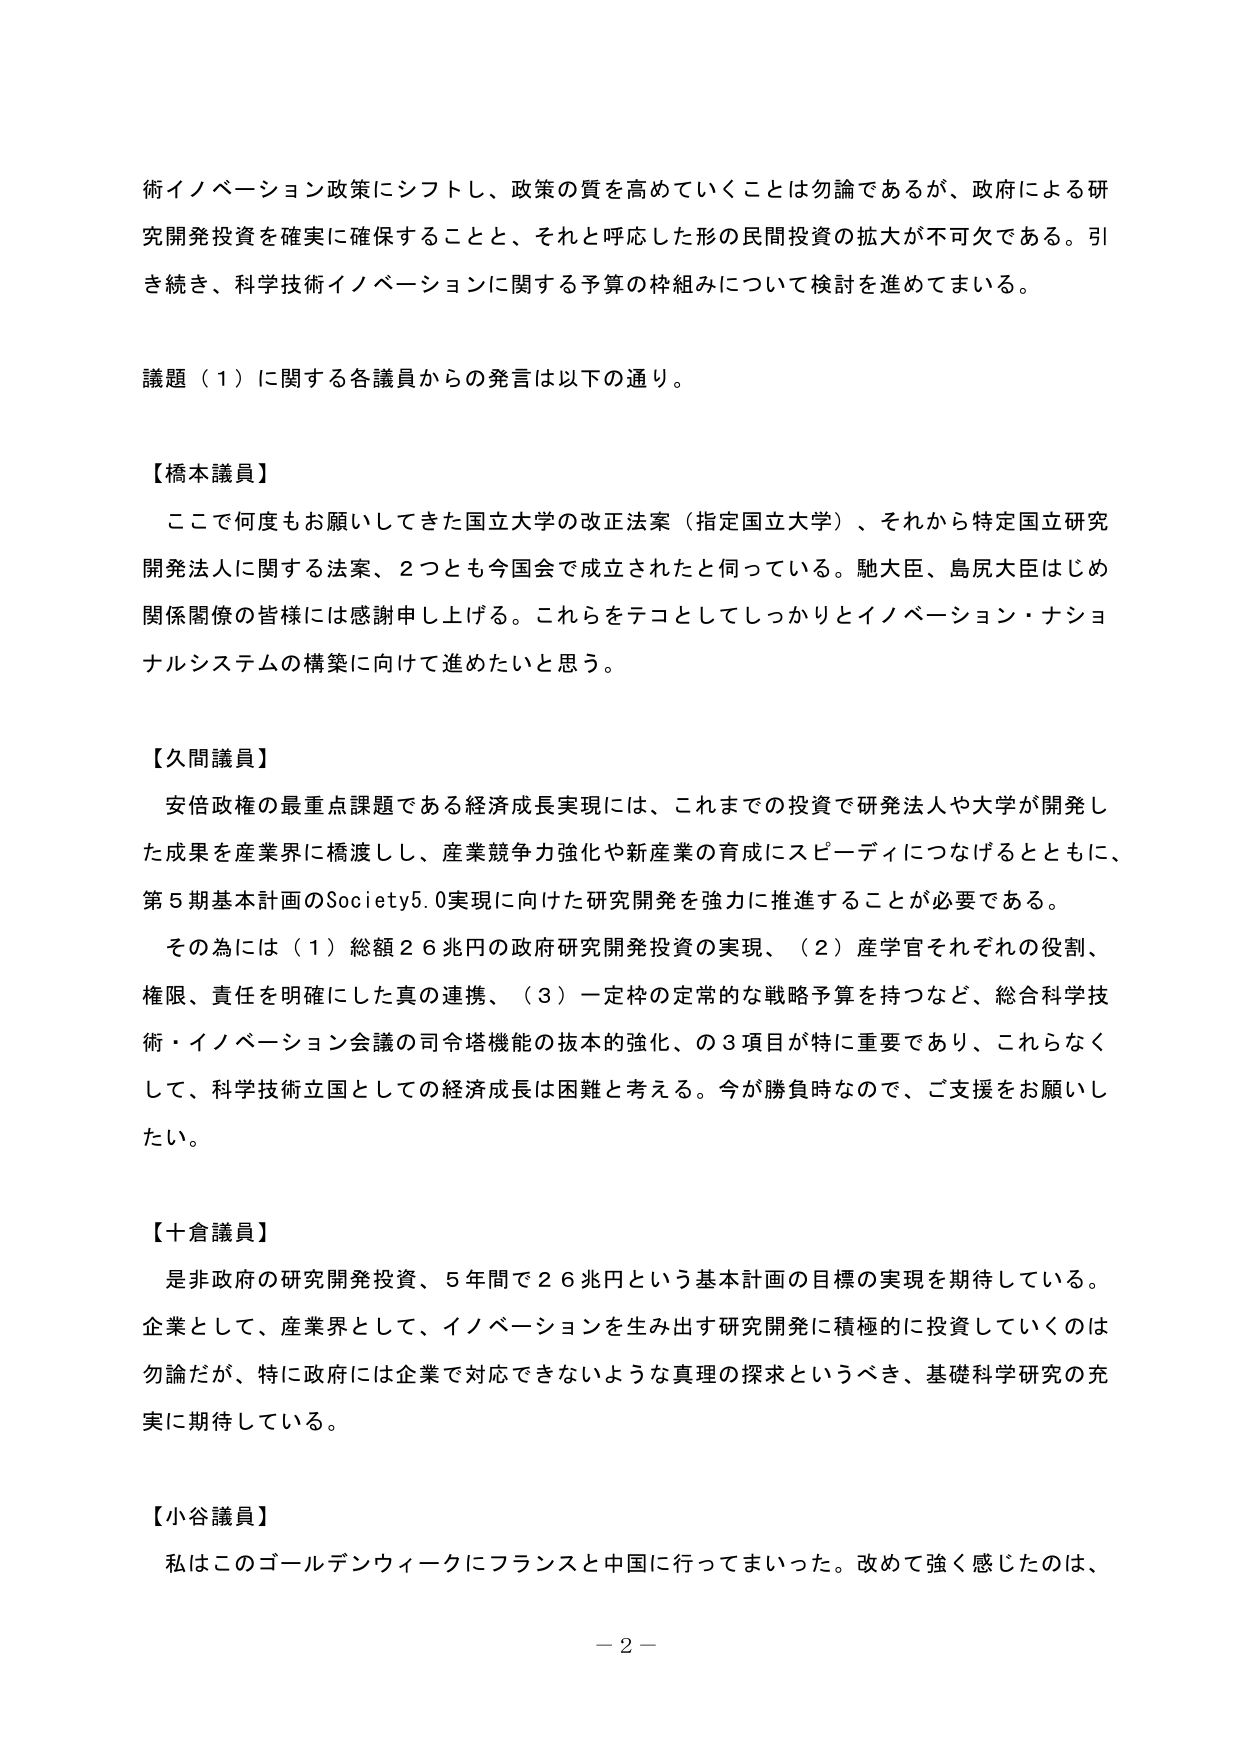
術イノベーション政策にシフトし、政策の質を高めていくことは勿論であるが、政府による研究開発投資を確実に確保することと、それと呼応した形の民間投資の拡大が不可欠である。引き続き、科学技術イノベーションに関する予算の枠組みについて検討を進めてまいる。

議題（１）に関する各議員からの発言は以下の通り。

【橋本議員】
ここで何度もお願いしてきた国立大学の改正法案（指定国立大学）、それから特定国立研究開発法人に関する法案、２つとも今国会で成立されたと伺っている。馳大臣、鳥尻大臣はじめ関係閣僚の皆様には感謝申し上げる。これらをテコとしてしっかりとイノベーション・ナショナルシステムの構築に向けて進めたいと思う。

【久間議員】
安倍政権の最重点課題である経済成長実現には、これまでの投資で研究法人や大学が開発した成果を産業界に橋渡しし、産業競争力強化や新産業の育成にスピーディにつなげるとともに、第５期基本計画のSociety5.0実現に向けた研究開発を強力に推進することが必要である。
その為には（１）総額２６兆円の政府研究開発投資の実現、（２）産学官それぞれの役割、権限、責任を明確にした真の連携、（３）一定枠の定常的な戦略予算を持つなど、総合科学技術・イノベーション会議の司令塔機能の抜本的強化、の３項目が特に重要であり、これらなくして、科学技術立国としての経済成長は困難と考える。今が勝負時なので、ご支援をお願いしたい。

【十倉議員】
是非政府の研究開発投資、５年間で２６兆円という基本計画の目標の実現を期待している。企業として、産業界として、イノベーションを生み出す研究開発に積極的に投資していくのは勿論だが、特に政府には企業で対応できないような真理の探求というべき、基礎科学研究の充実に期待している。

【小谷議員】
私はこのゴールデンウィークにフランスと中国に行ってまいった。改めて強く感じたのは、

－２－